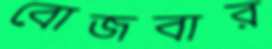
বোজবার